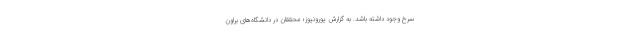
سرخ وجود داشته باشد. به گزارش یورونیوز؛ محققان در دانشگاه‌های براون